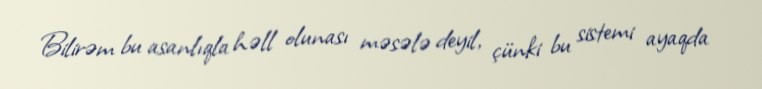
Bilirəm bu asanlıqla həll olunası məsələ deyil, çünki bu sistemi ayaqda